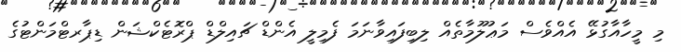
މި މީހާއާގުޅޭ އެއްވެސް މަޢުލޫމާތެއް ލިބިފައިވާނަމަ ފެމިލީ އެންޑް ޗައިލްޑް ޕްރޮޓެކްޝަން ޑިޕާރޓްމަންޓުގެ